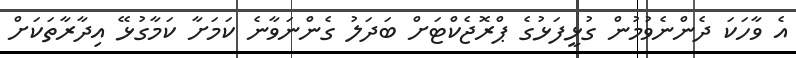
އެ ވާހަކަ ދެންނެވުމުން ގުޅީފަޅުގެ ޕްރޮޖެކްޓަށް ބަދަލު ގެންނަވާނެ ކަމަށާ ކަމާގުޅޭ އިދާރާތަކަށް